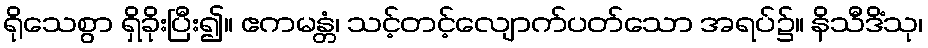
ရိုသေစွာ ရှိခိုးပြီး၍။ ဧကမန္တံ၊ သင့်တင့်လျောက်ပတ်သော အရပ်၌။ နိသီဒိံသု၊